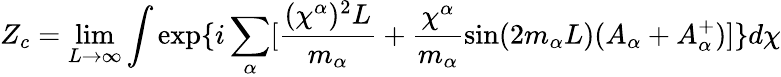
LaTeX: Z_{c}=\operatorname*{lim}_{L\rightarrow\infty}\int\exp\{ i\sum_{\alpha}[\frac{(\chi^{\alpha})^{2}L}{m_{\alpha}}+\frac{\chi^{\alpha}}{m_{\alpha}}\sin(2m_{\alpha}L)(A_{\alpha}+A_{\alpha}^{+})]\} d\chi